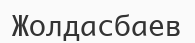
Жолдасбаев